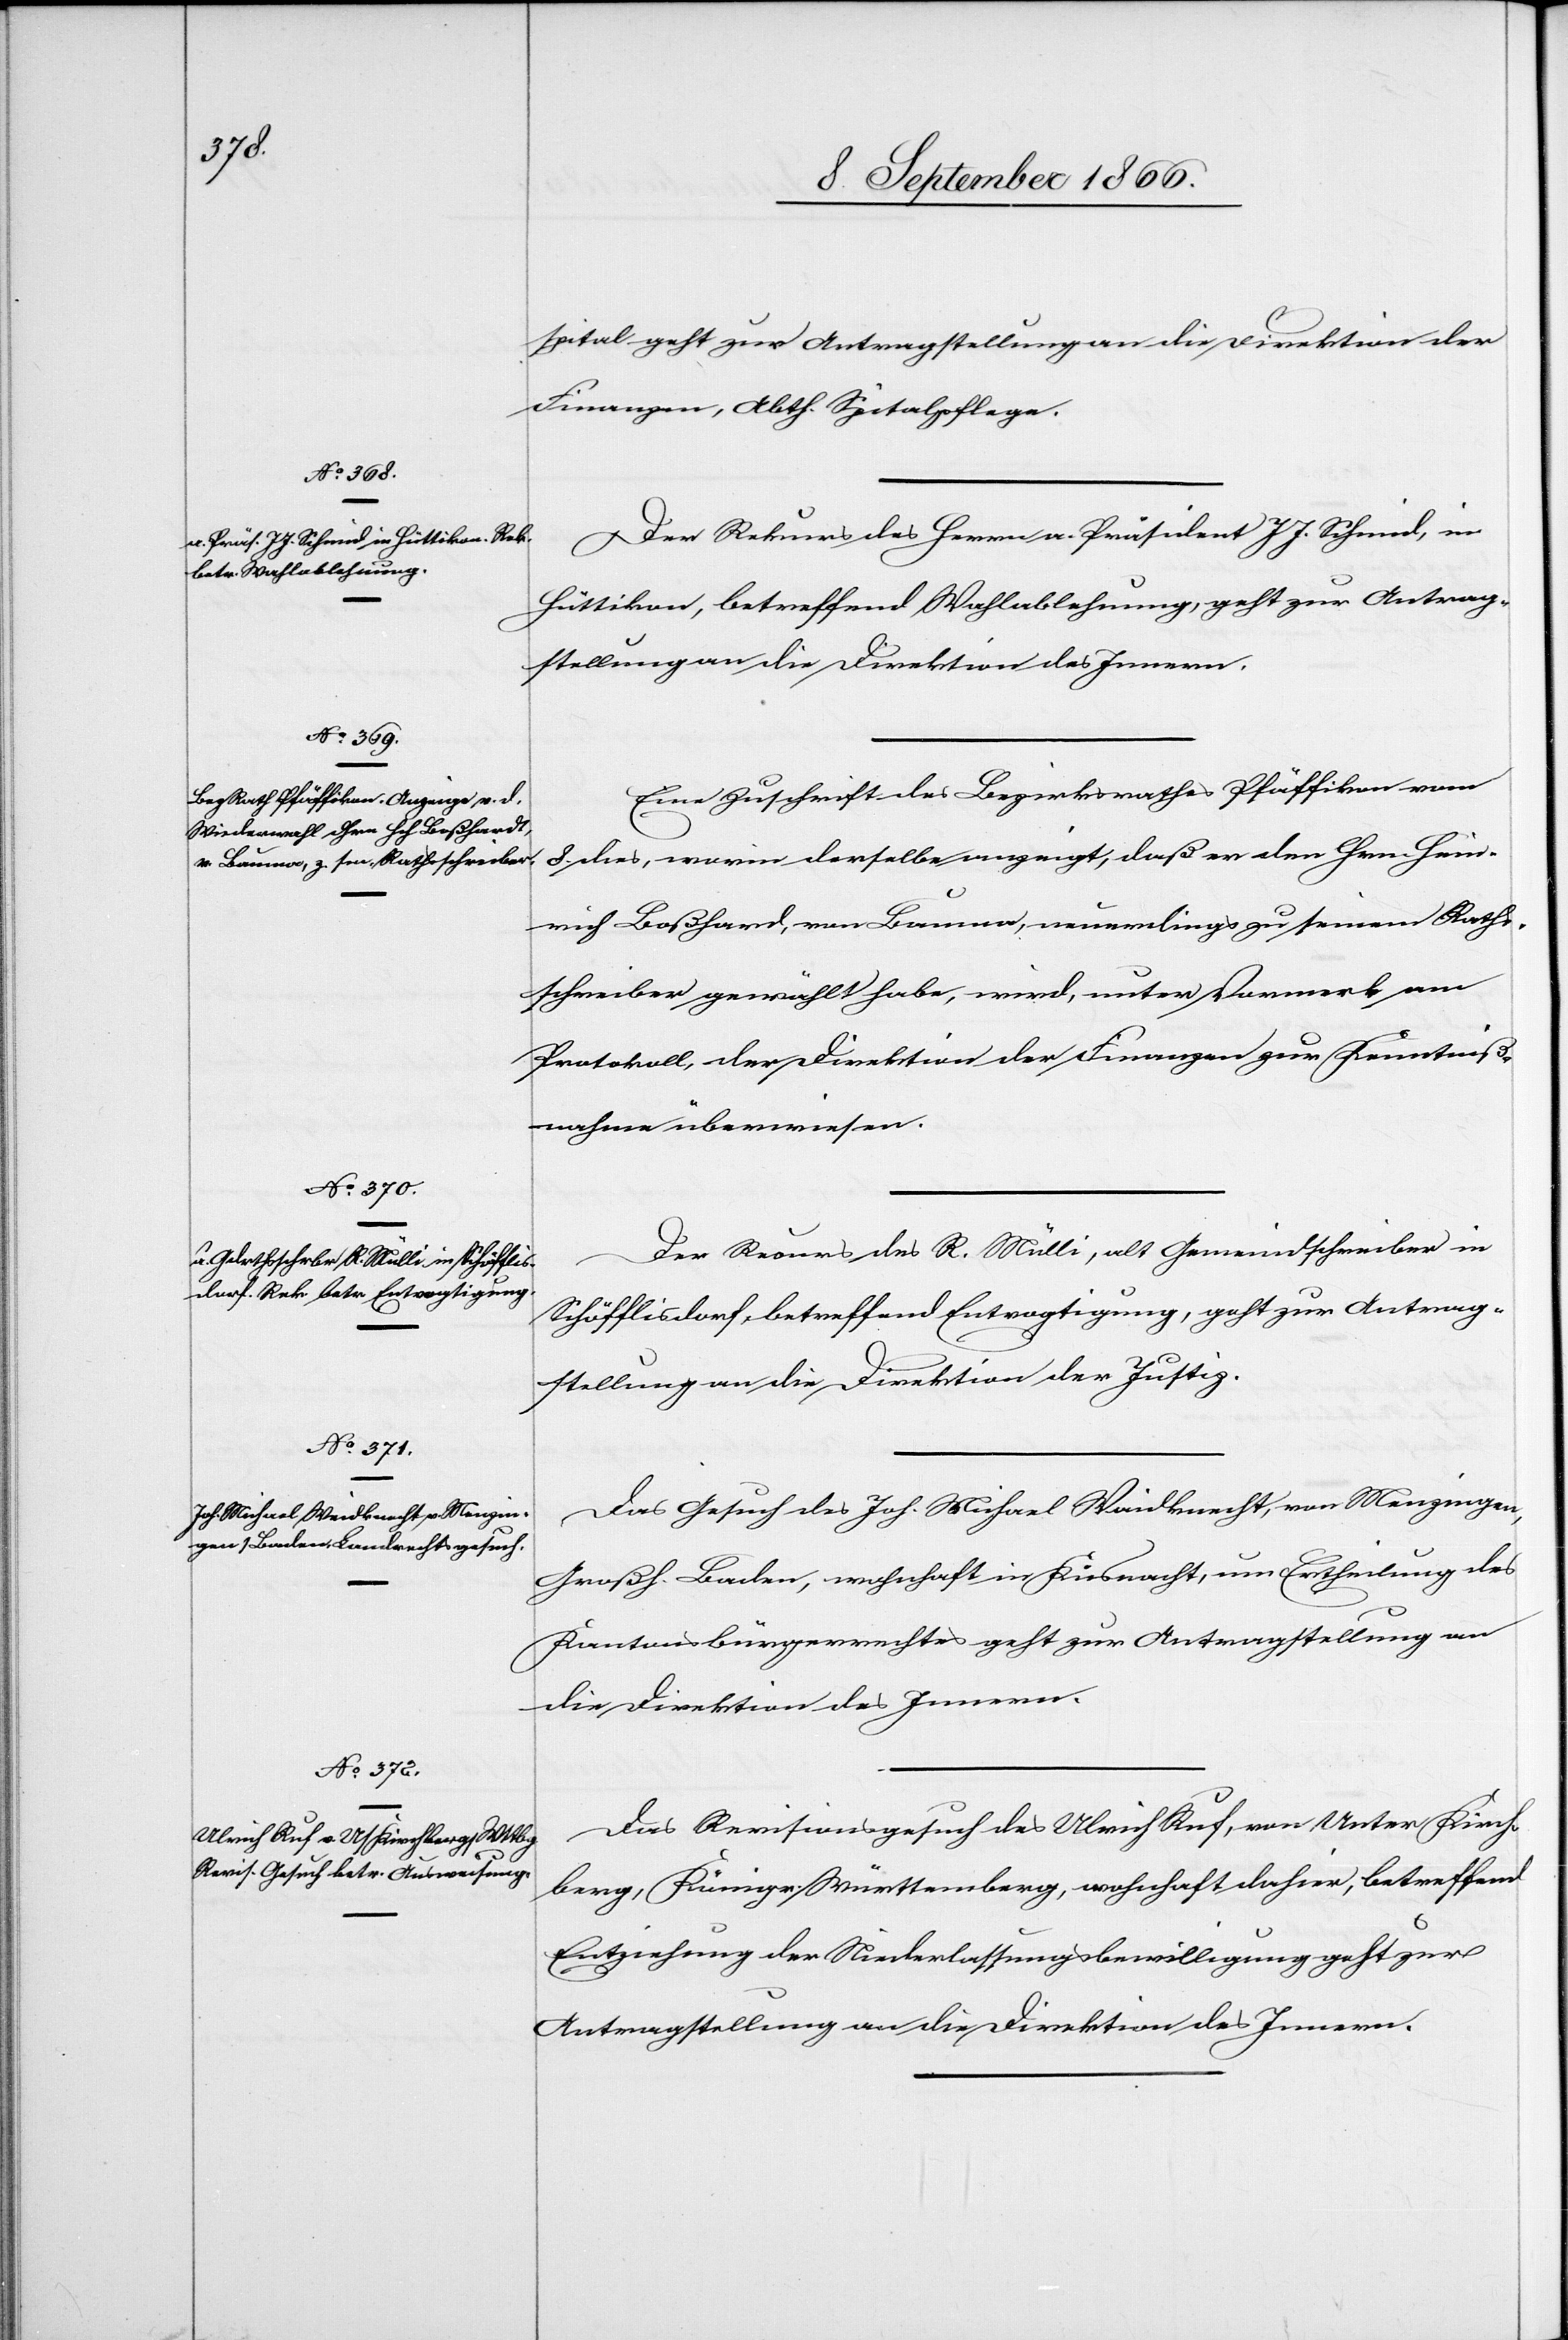
11. September 1866.]
spital geht zur Antragstellung an die Direktion der
Finanzen, Abth. Spitalpflege.
Der Rekurs des Herrn a. Präsident J. J. Schmid, in
Hüttikon, betreffend Wahlablehnung, geht zur Antrag¬
stellung an die Direktion des Innern.
Eine Zuschrift des Bezirksrathes Pfäffikon vom
8. dies, worin derselbe anzeigt, daß er den Hrn. Hein¬
rich Boßhard [sic!], von Bauma, neuerdings zu seinem Raths¬
schreiber gewählt habe, wird, unter Vormerk am
Protokoll, der Direktion der Finanzen zur Kenntniß¬
nahme überwiesen.
Der Recurs des R. Mülli, alt Gemeindschreiber in
Schöfflisdorf, betreffend Entvogtigung, geht zur Antrag¬
stellung an die Direktion der Justiz.
Das Revisionsgesuch des Ulrich Ruf, von Unter Kirch¬
berg, Königr. Württemberg, wohnhaft dahier, betreffend
Entziehung der Niederlassungsbewilligung geht zur
Antragstellung an die Direktion des Innern.